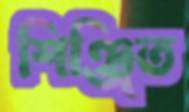
শিঞ্জিত